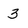
Character: 3